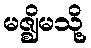
မဇ္ဈိမသို့